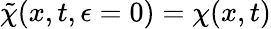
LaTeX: \tilde{\chi}(x,t,\epsilon=0)=\chi(x,t)